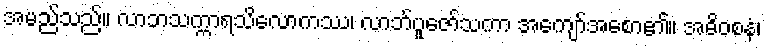
အမည်သည်။ လာဘသက္ကာရသိလောကဿ၊ လာဘ်ပူဇော်သကာ အကျော်အစော၏။ အဓိဝစနံ၊